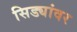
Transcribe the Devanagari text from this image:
सिड्यांवर